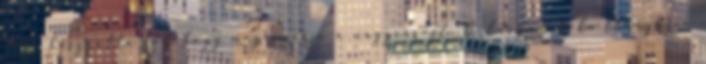
arra használta föl, hogy megismerje a nagyvárost. Boldogan, fölvillanyozva